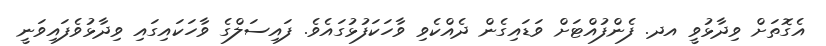
އެގޮތަށް ވިދާޅުވީ އދ. ފެންފުއްޓަށް ވަޑައިގެން ދެއްކެވި ވާހަކަފުޅުގައެވެ. ފައިސަލްގެ ވާހަކައިގައި ވިދާޅުވެފައިވަނީ